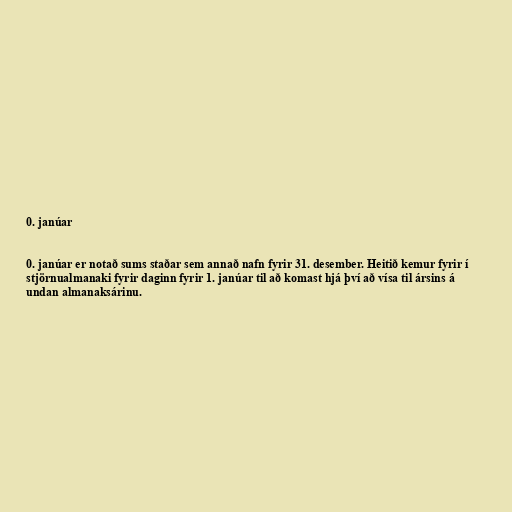
0. janúar

0. janúar er notað sums staðar sem annað nafn fyrir 31. desember. Heitið kemur fyrir í
stjörnualmanaki fyrir daginn fyrir 1. janúar til að komast hjá því að vísa til ársins á
undan almanaksárinu.